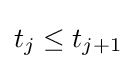
t_{j}\leq t_{j+1}